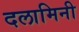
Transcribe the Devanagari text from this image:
दलामिनी